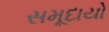
સમૂદાયો